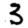
Digit: 3